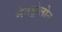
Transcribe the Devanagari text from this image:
नेनड्रोलोन